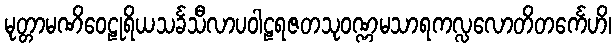
မုတ္တာမဏိဝေဠုရိယသင်္ခသီလာပဝါဠရဇတသုဝဏ္ဏမသာရကလ္လလောတိတင်္ကေဟိ၊